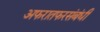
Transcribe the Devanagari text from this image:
अफरातफरसंबंधी